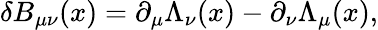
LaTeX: \delta B_{\mu\nu}(x)=\partial_{\mu}\Lambda_{\nu}(x)-\partial_{\nu}\Lambda_{\mu}(x),